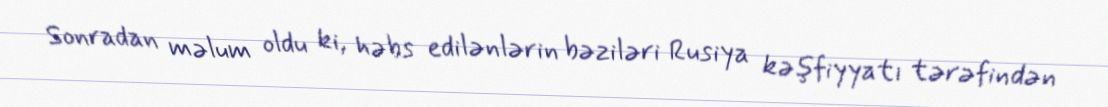
Sonradan məlum oldu ki, həbs edilənlərin bəziləri Rusiya kəşfiyyatı tərəfindən